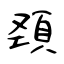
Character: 頚